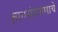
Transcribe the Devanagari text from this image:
ज्ञानसंक्रमणाचे